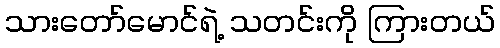
သားတော်မောင်ရဲ့ သတင်းကို ကြားတယ်